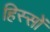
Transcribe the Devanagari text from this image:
हिस्‍सों